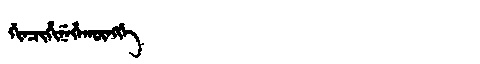
Manchu: ᡤᡳᠨᠴᡳᡥᡳᠨᡝᡥᠠᡴᡡᠩᡤᡝ
Romanization: GINCIHINEHAKŪNGGE